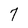
Character: 7